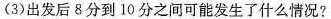
(3) 出发后 8 分到 10 分之间可能发生了什么情况?